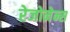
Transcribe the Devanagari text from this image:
रेजोनेन्स